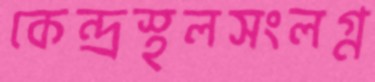
কেন্দ্রস্থলসংলগ্ন